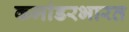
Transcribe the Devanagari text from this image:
कमांडरभारत